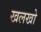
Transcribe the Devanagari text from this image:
खलखो